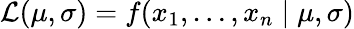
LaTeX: {\mathcal{L}}(\mu,\sigma)=f(x_{1},\ldots,x_{n}\mid\mu,\sigma)